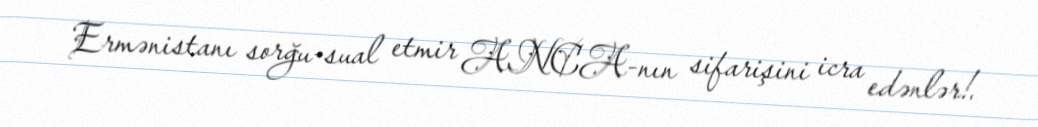
Ermənistanı sorğu-sual etmir ANCA-nın sifarişini icra edənlər!.